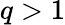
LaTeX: q>1